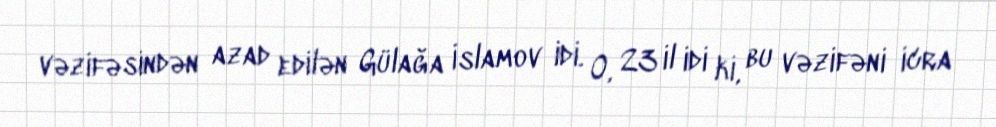
vəzifəsindən azad edilən Gülağa İslamov idi. O, 23 il idi ki, bu vəzifəni icra